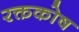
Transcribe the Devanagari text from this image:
रक्तकोष